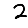
Digit: 2